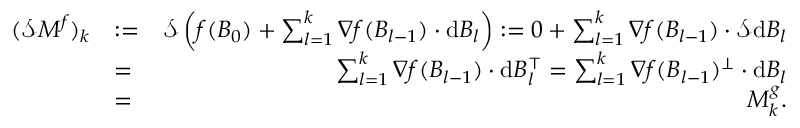
\begin{array} { r l r } { ( \mathcal { S } M ^ { f } ) _ { k } } & { : = } & { \mathcal { S } \left( f ( B _ { 0 } ) + \sum _ { l = 1 } ^ { k } \nabla f ( B _ { l - 1 } ) \cdot \mathrm { d } B _ { l } \right) : = 0 + \sum _ { l = 1 } ^ { k } \nabla f ( B _ { l - 1 } ) \cdot \mathcal { S } \mathrm { d } B _ { l } } \\ & { = } & { \sum _ { l = 1 } ^ { k } \nabla f ( B _ { l - 1 } ) \cdot \mathrm { d } B _ { l } ^ { \top } = \sum _ { l = 1 } ^ { k } \nabla f ( B _ { l - 1 } ) ^ { \perp } \cdot \mathrm { d } B _ { l } } \\ & { = } & { M _ { k } ^ { g } . } \end{array}